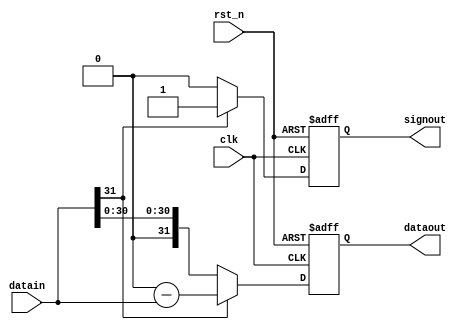
module changesign(datain,dataout,signout,clk,rst_n);
input clk, rst_n;
input [31:0]datain;
output [31:0]dataout;
output signout;
reg [31:0]dataout;
reg signout;

always @(posedge clk or negedge rst_n)
begin
if(!rst_n)
	begin
		dataout <= 32'd0;
		signout <= 0;
	end
else
    if(datain[31] == 0)
    begin
    dataout <= datain;
    signout <= 0;
    end
    else
    begin
    dataout <= 0 - datain;
    signout <= 1;
    end
end
endmodule